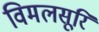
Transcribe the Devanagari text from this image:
विमलसूरि